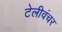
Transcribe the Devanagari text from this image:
टेलीवंचर